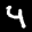
Label: 4